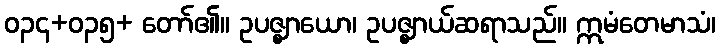
ဝ၃၄+ဝ၃၅+ တော်၏။ ဥပဇ္ဈာယော၊ ဥပဇ္ဈာယ်ဆရာသည်။ ဣမံတေမာသံ၊